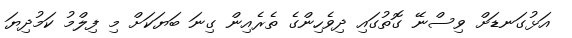
އަޅުގަނޑަށް ވިސްނޭ ގޮތުގައި ދިވެހިންގެ ތެރެއިން ގިނަ ބަޔަކަށް މި ފިލްމު ކަމުދިޔަ